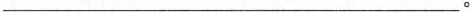
___。